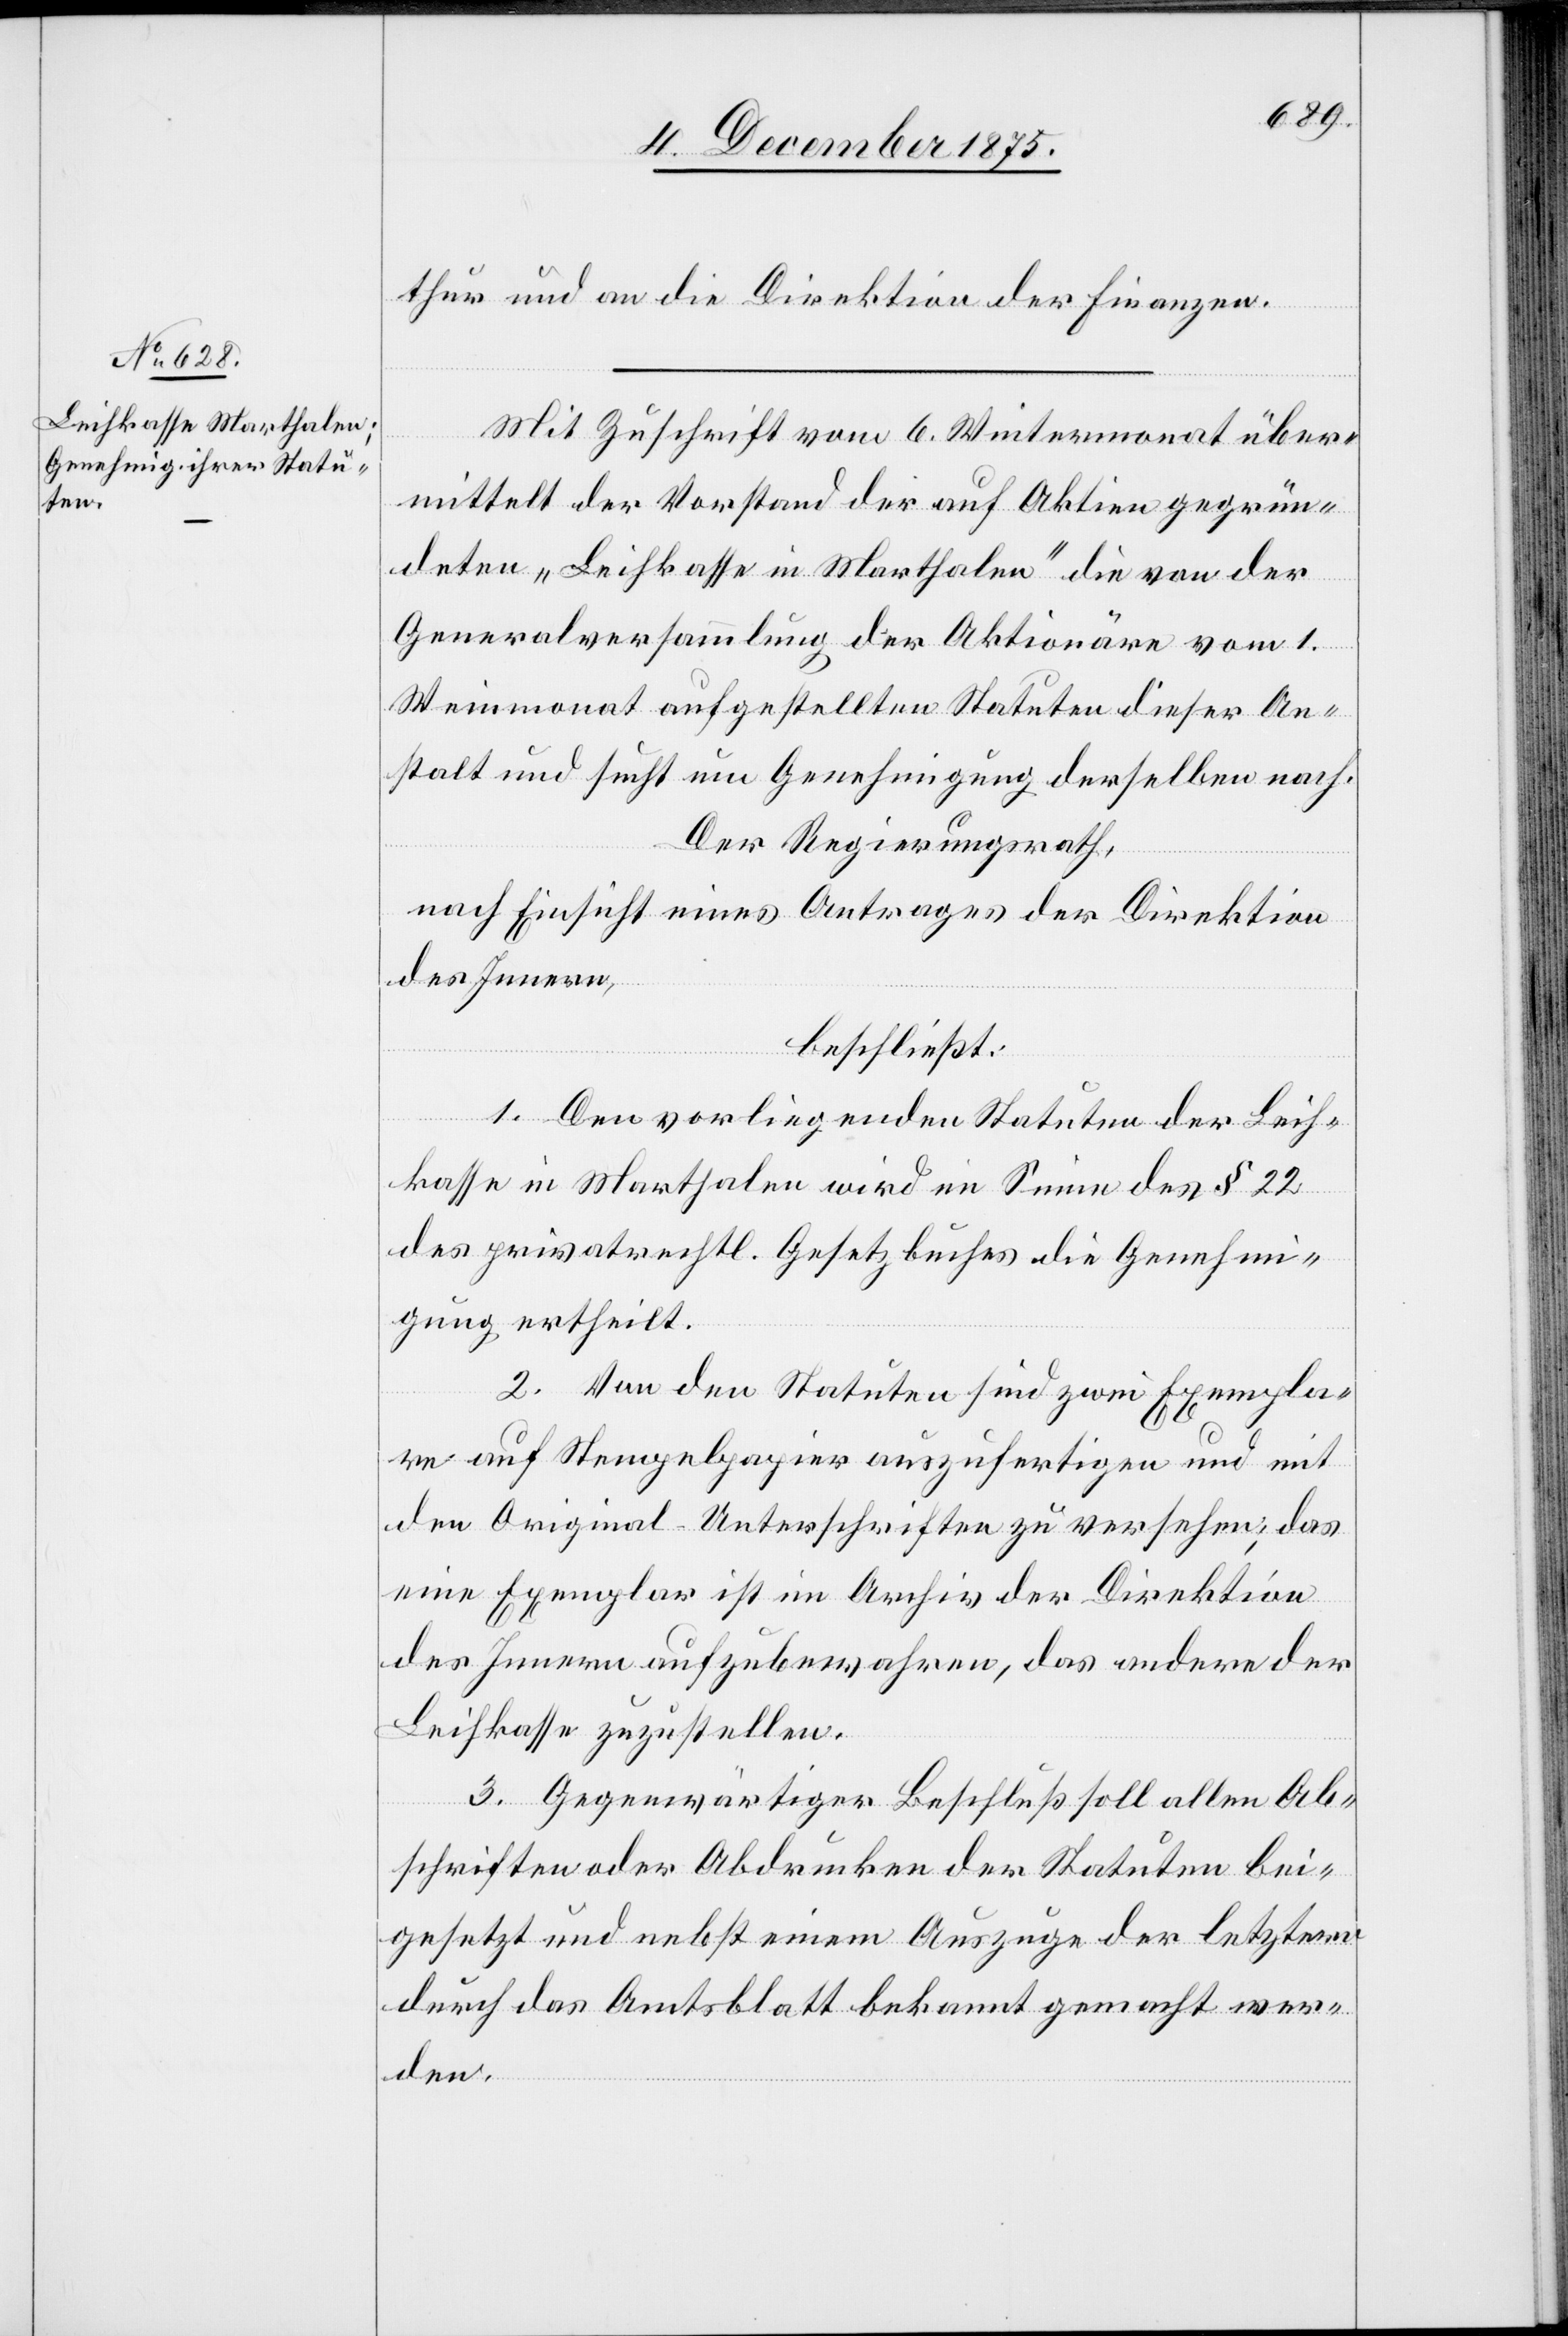
thur und an die Direktion der Finanzen.
Mit Zuschrift vom 6. Wintermonat über¬
mittelt der Vorstand der auf Aktien gegrün¬
deten „Leihkasse in Marthalen“ die von der
Generalversammlung der Aktionäre vom 1.
Weinmonat aufgestellten Statuten dieser An¬
stalt und sucht um Genehmigung derselben nach.
Der Regierungsrath,
nach Einsicht eines Antrages der Direktion
des Innern,
beschließt:
1. Den vorliegenden Statuten der Leih¬
kasse in Marthalen wird im Sinne des § 22
des privatrechtl. Gesetzbuches die Genehmi¬
gung ertheilt.
2. Von den Statuten sind zwei Exempla¬
re auf Stempelpapier anzufertigen und mit
den Original-Unterschriften zu versehen; das
eine Exemplar ist im Archiv der Direktion
des Innern aufzubewahren, das andere der
Leihkasse zuzustellen.
3. Gegenwärtiger Beschluß soll allen Ab¬
schriften oder Abdrucken der Statuten bei¬
gesetzt und nebst einem Auszuge der letztern
durch das Amtsblatt bekannt gemacht wer¬
den.